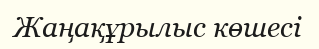
Жаңақұрылыс көшесі